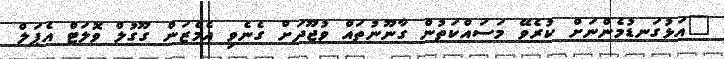
"އަޅުގަނޑުމެންނަށް ކުރެވޭ މަސައްކަތުން ގާނޫނުތައް ވުޖޫދަށް ގެނެވި އެމެޒަން ގޫގުލް ވޮލަޓް އެޕަލް